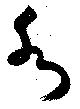
水